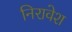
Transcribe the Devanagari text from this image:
निरावेश